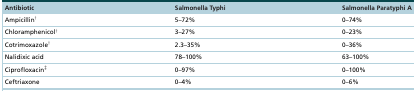
| Antibiotic | Salmonella Typhi | Salmonella Paratyphi A |
 | --- | --- | --- |
 | Ampicillin† | 5–72% | 0–74% |
 | Chloramphenicol† | 3–27% | 0–23% |
 | Cotrimoxazole† | 2.3–35% | 0–36% |
 | Nalidixic acid | 78–100% | 63–100% |
 | Ciprofloxacin‡ | 0–97% | 0–100% |
 | Ceftriaxone | 0–4% | 0–6% |